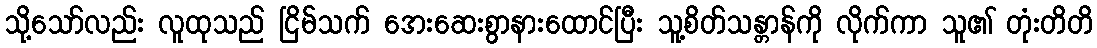
သို့သော်လည်း လူထုသည် ငြိမ်သက် အေးဆေးစွာနားထောင်ပြီး သူ့စိတ်သန္တာန်ကို လိုက်ကာ သူ၏ တုံးတိတိ